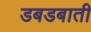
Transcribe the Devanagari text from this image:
डबडबाती